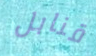
قنابل